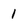
Character: 1